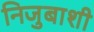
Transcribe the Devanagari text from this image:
निजुबाशी